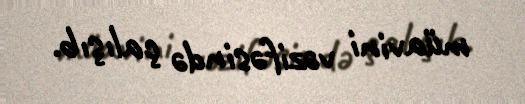
müavini vəzifəsində çalışıb.